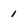
Character: 1